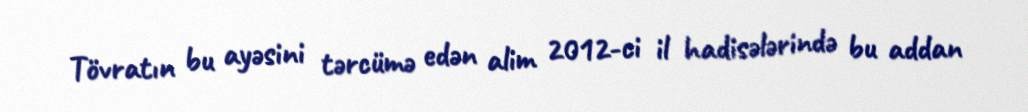
Tövratın bu ayəsini tərcümə edən alim 2012-ci il hadisələrində bu addan